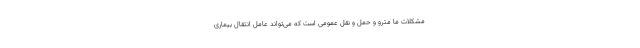
مشکلات ما مترو و حمل و نقل عمومی است که می‌تواند عامل انتقال بیماری